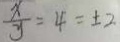
\frac { x } { y } = 4 = \pm 2